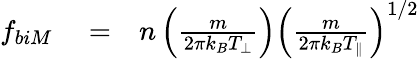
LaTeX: \begin{array}{rlr}{f_{biM}}&{{}=}&{n\left(\frac{m}{2\pi k_{B}T_{\perp}}\right)\left(\frac{m}{2\pi k_{B}T_{\parallel}}\right)^{1/2}}\end{array}